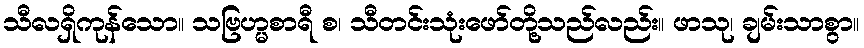
သီလရှိကုန်သော။ သဗြဟ္မစာရီ စ၊ သီတင်းသုံးဖော်တို့သည်လည်း။ ဖာသု၊ ချမ်းသာစွာ။